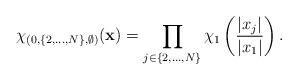
LaTeX: \begin{align*} \chi_{(0, \{2,\ldots,N\}, \emptyset)}({\bf x})= \prod_{j\in \{2,\ldots,N\}}\chi_{1}\left(\frac{|x_j|}{|x_1|}\right).\end{align*}